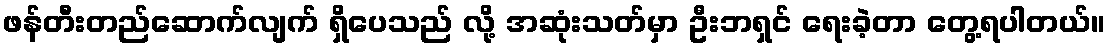
ဖန်တီးတည်ဆောက်လျက် ရှိပေသည် လို့ အဆုံးသတ်မှာ ဦးဘရှင် ရေးခဲ့တာ တွေ့ရပါတယ်။